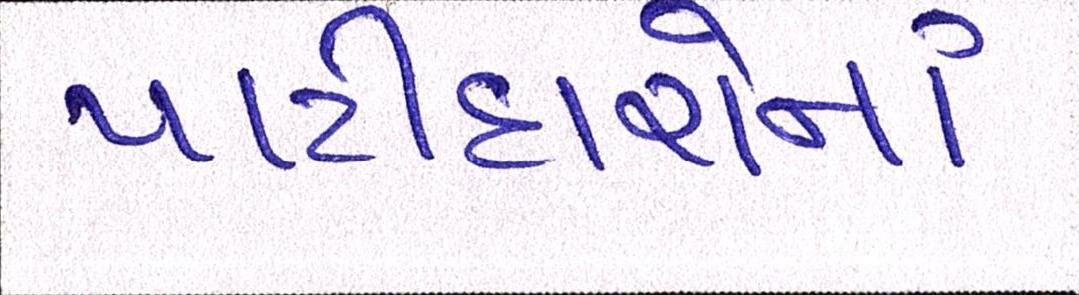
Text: પાટીદારોનાં